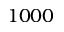
1 0 0 0